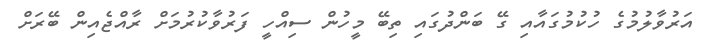
އަރުވާލުމުގެ ހުކުމުގައާއި ގޭ ބަންދުގައި ތިބޭ މީހުން ސިއްހީ ފަރުވާކުރުމަށް ރާއްޖެއިން ބޭރަށް